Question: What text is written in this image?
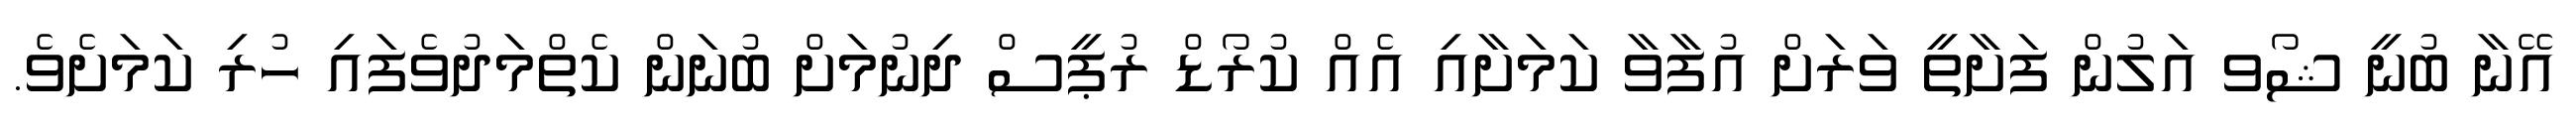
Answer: އޭނާ ބުނީ ޝޯވ އަލުން ފަށާތީ ވަރަށް އުފާވާ ކަމަށާއި އެއް ކުރޯޑް ރުޕީސް ދިނުމަށް ބުނަން ކެތްމަދުވެފައި ހުރި ކަމަށެވެ.